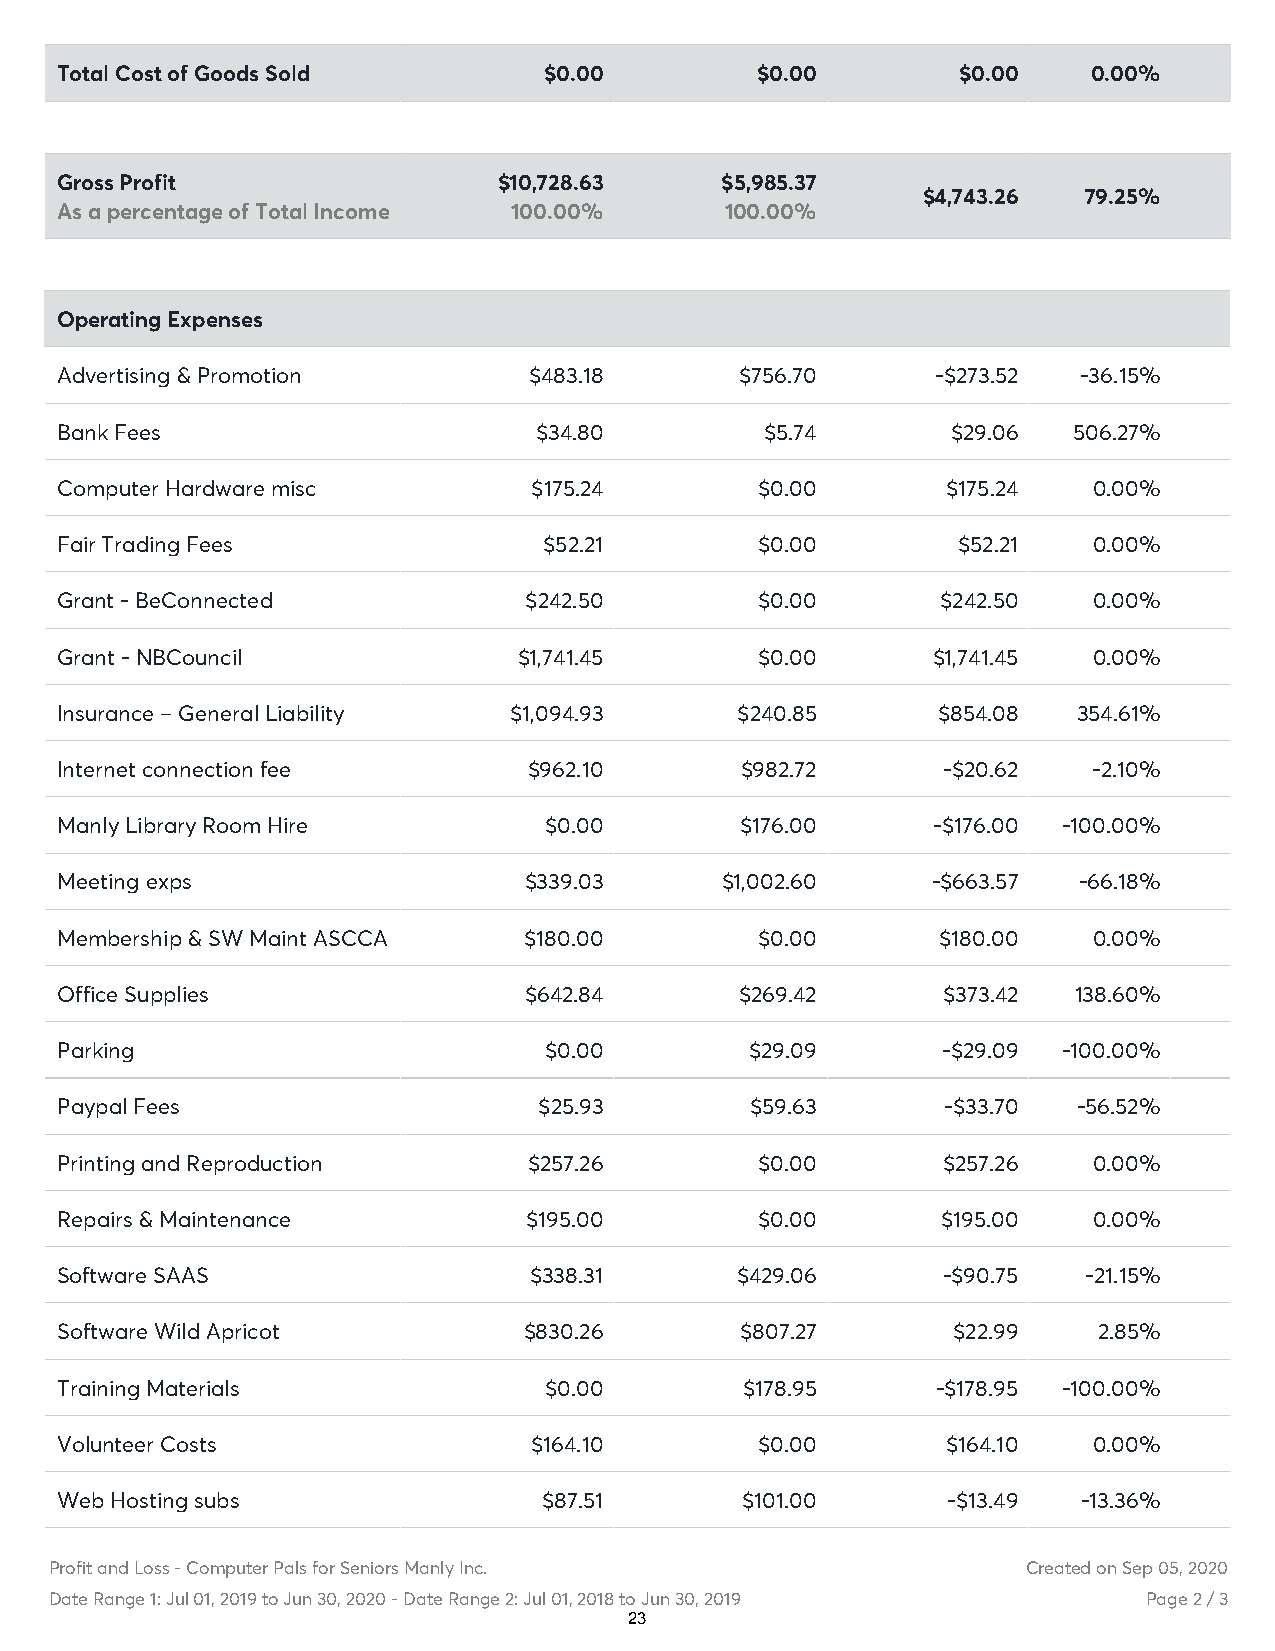
Total Cost of Goods Sold        $0.00         $0.00        $0.00    0.00%
 Gross Profit                 $10,728.63     $5,985.37
 $4,743.26  79.25%
 As a percentage of Total Income 100.00%     100.00%
 Operating Expenses
 Advertising & Promotion        $483.18       $756.70      -$273.52  -36.15%
 Bank Fees                      $34.80          $5.74       $29.06  506.27%
 Computer Hardware misc         $175.24        $0.00        $175.24  0.00%
 Fair Trading Fees               $52.21        $0.00        $52.21   0.00%
 Grant - BeConnected            $242.50        $0.00       $242.50   0.00%
 Grant - NBCouncil             $1,741.45       $0.00       $1,741.45 0.00%
 Insurance – General Liability $1,094.93      $240.85      $854.08  354.61%
 Internet connection fee        $962.10       $982.72      -$20.62   -2.10%
 Manly Library Room Hire         $0.00        $176.00      -$176.00 -100.00%
 Meeting exps                   $339.03      $1,002.60     -$663.57 -66.18%
 Membership & SW Maint ASCCA    $180.00        $0.00       $180.00   0.00%
 Office Supplies                $642.84       $269.42      $373.42  138.60%
 Parking                         $0.00         $29.09      -$29.09 -100.00%
 Paypal Fees                     $25.93        $59.63       -$33.70 -56.52%
 Printing and Reproduction      $257.26        $0.00       $257.26   0.00%
 Repairs & Maintenance          $195.00        $0.00       $195.00   0.00%
 Software SAAS                  $338.31       $429.06      -$90.75   -21.15%
 Software Wild Apricot          $830.26       $807.27       $22.99    2.85%
 Training Materials              $0.00        $178.95      -$178.95 -100.00%
 Volunteer Costs                $164.10        $0.00        $164.10  0.00%
 Web Hosting subs                $87.51       $101.00       -$13.49  -13.36%
 Profit and Loss - Computer Pals for Seniors Manly Inc.           Created on Sep 05, 2020
 Date Range 1: Jul 01, 2019 to Jun 30, 2020 - Date Range 2: Jul 01, 2018 to Jun 30, 2019 Page 2 / 3
 23